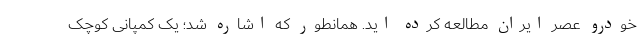
خودرو عصر ایران مطالعه کرده اید. همانطور که اشاره شد؛ یک کمپانی کوچک